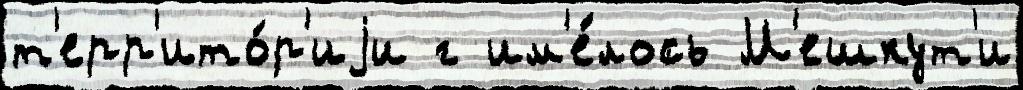
т'ерр'ито́р'иjи г им'е́лось М'ешкут'и